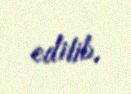
edilib.